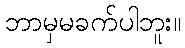
ဘာမှမခက်ပါဘူး။